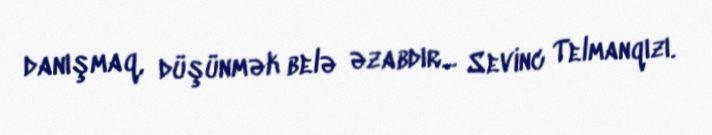
danışmaq, düşünmək belə əzabdır... Sevinc Telmanqızı.